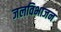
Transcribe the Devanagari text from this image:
जलविभाजन